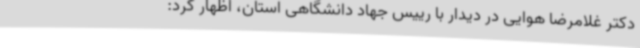
دکتر غلامرضا هوایی در دیدار با رییس جهاد دانشگاهی‌ استان، اظهار کرد: